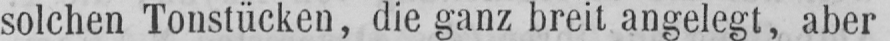
solchen Tonstücken, die ganz breit angelegt, aber